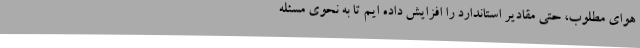
هوای مطلوب، حتی مقادیر استاندارد را افزایش داده ایم تا به نحوی مسئله